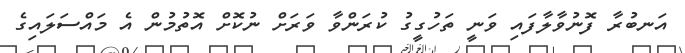
އަނބުރާ ފޮނުވާލާފައި ވަނީ ތަހުގީގު ކުރަންވާ ވަރަށް ނުކޮށް އޮތުމުން އެ މައްސަލައިގެ